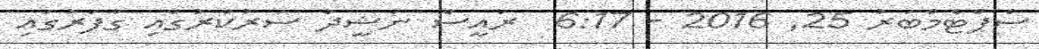
ސެޕްޓެމްބަރު 25